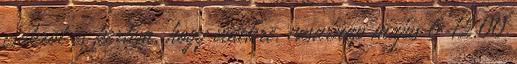
csokrot es kertem, hogy videkre, vasarnap majus 6 12.00